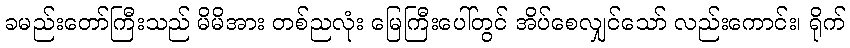
ခမည်းတော်ကြီးသည် မိမိအား တစ်ညလုံး မြေကြီးပေါ်တွင် အိပ်စေလျှင်သော် လည်းကောင်း၊ ရိုက်